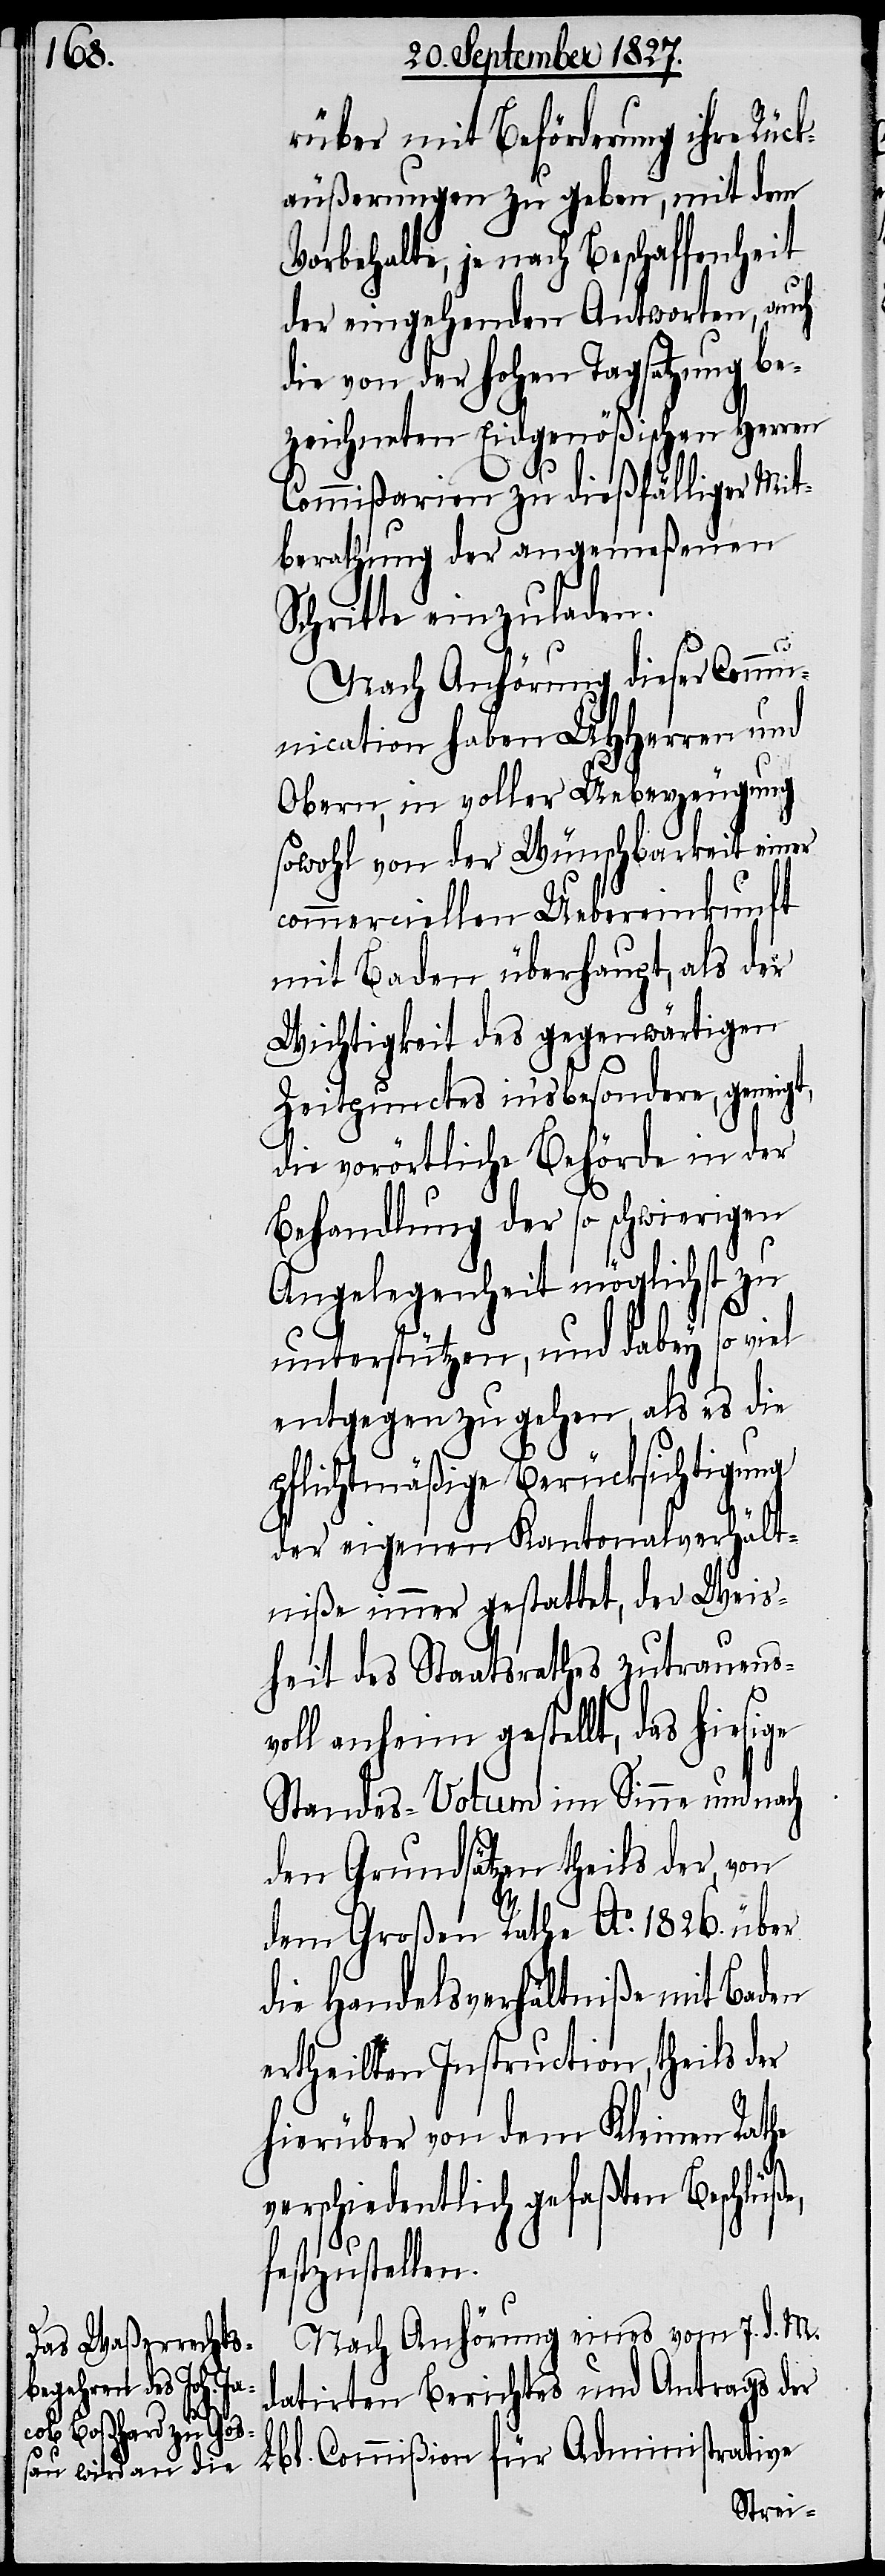
rüber mit Beförderung ihre Rück¬
äußerungen zu geben, mit dem
orbehalte, je nach Beschaffenheit
der eingehenden Antworten, auch
die von der hohen Tagsatzung be¬
zeichneten Eidgenößischen Herren
Commißarien zu dießfälliger Mit¬
berathung der angemeßenen
Schritte einzuladen.
V¬
Nach Anhörung dieser Commu¬
nication haben UHHerren und
Obern, in voller Ueberzeugung
sowohl von der Wünschbarkeit einer
commerciellen Uebereinkunft
mit Baden überhaupt, als der
Wichtigkeit des gegenwärtigen
Zeitpunctes in’sbesondere, geneigt,
die vorörtliche Behörde in der
Behandlung der so schwierigen
Angelegenheit möglichst zu
unterstützen, und dabey so viel
entgegen zu gehen, als es die
pflichtmäßige Berücksichtigung
der eigenen Kantonalverhält¬
niße immer gestattet, der Weis¬
heit des Staatsrathes zutrauens¬
voll anheim gestellt, das hiesige
Standes-Votum im Sinne und nach
den Grundsätzen theils der, von
dem Großen Rathe Ao. 1826. über
die Handelsverhältniße mit Baden
ertheilten Instruction, theils der
hierüber von dem Kleinen Rathe
verschiedentlich gefaßten Beschlüße,
festzustellen.
Nach Anhörung eines vom 7. d. M.
Administrative
datirten Berichtes und Antrags der